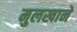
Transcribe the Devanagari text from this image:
मुलखाने